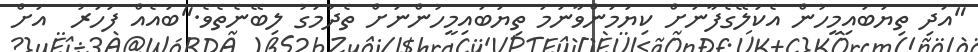
"އަދި ތިޔަބައިމީހުން އެކަލޭގެފާނަށް ކިޔަމަންވާނަމަަ ތިޔަބައިމީހުންނަށް ތެދުމަގު ލިބޭނެތެވެ."ބައެއް ފަހަރު  އަށް